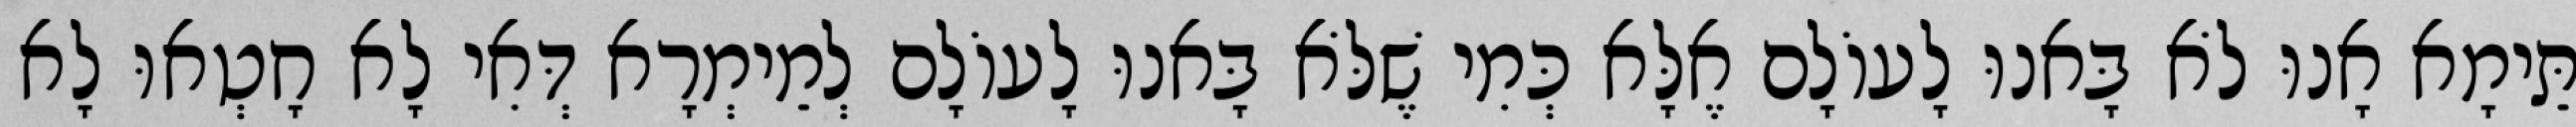
תֵּימָא אָנוּ לֹא בָּאנוּ לָעוֹלָם אֶלָּא כְּמִי שֶׁלֹּא בָּאנוּ לָעוֹלָם לְמֵימְרָא דְּאִי לָא חָטְאוּ לָא